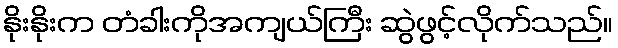
နိုးနိုးက တံခါးကိုအကျယ်ကြီး ဆွဲဖွင့်လိုက်သည်။